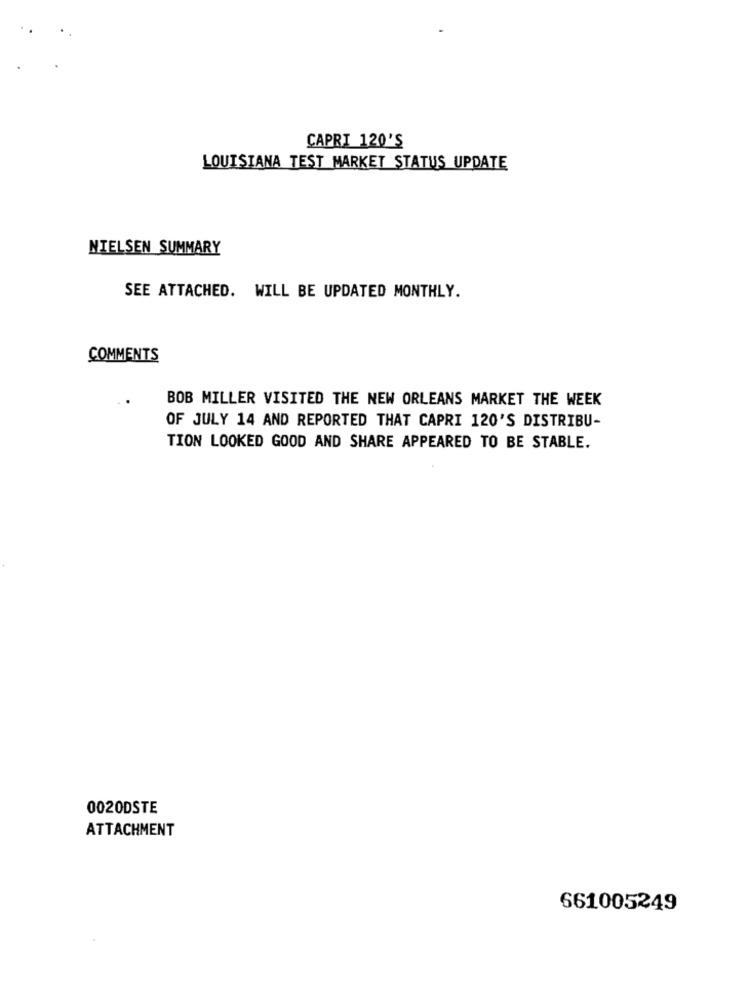
CAPRI 120'S
LOUISIANA TEST MARKET STATUS UPDATE
NIELSEN SUMMARY
SEE ATTACHED. WILL BE UPDATED MONTHLY.
COMMENTS
BOB MILLER VISITED THE NEW ORLEANS MARKET THE WEEK
OF JULY 14 AND REPORTED THAT CAPRI 120'S DISTRIBU-
TION LOOKED GOOD AND SHARE APPEARED TO BE STABLE.
0020DSTE
ATTACHMENT
661005249